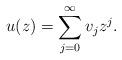
LaTeX: \begin{align*}u(z)=\sum_{j=0}^\infty v_jz^j.\end{align*}